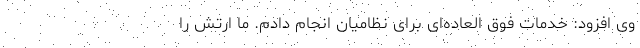
وی افزود: خدمات فوق العاده‌ای برای نظامیان انجام دادم. ما ارتش را